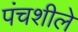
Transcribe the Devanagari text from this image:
पंचशीले